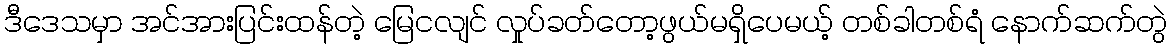
ဒီဒေသမှာ အင်အားပြင်းထန်တဲ့ မြေငလျင် လှုပ်ခတ်တော့ဖွယ်မရှိပေမယ့် တစ်ခါတစ်ရံ နောက်ဆက်တွဲ